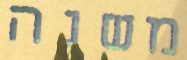
משנה